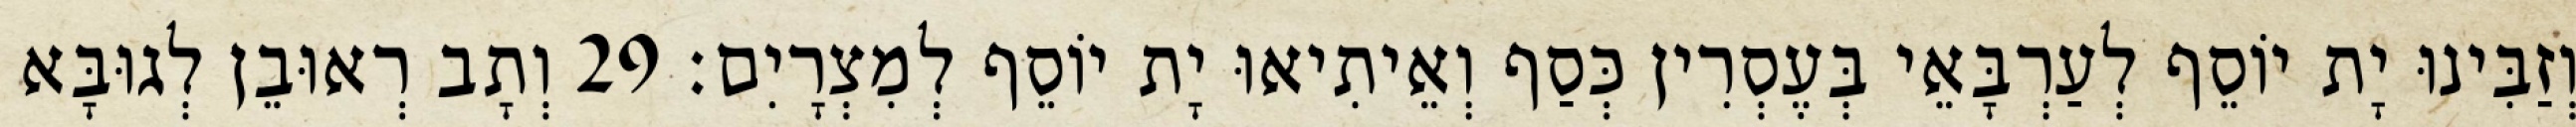
וְזַבִּינוּ יָת יוֹסֵף לְעַרְבָּאֵי בְּעֶסְרִין כְּסַף וְאֵיתִיאוּ יָת יוֹסֵף לְמִצְרָיִם׃ 29 וְתָב רְאוּבֵן לְגוּבָּא